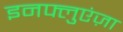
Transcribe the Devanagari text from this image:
इनफ्लुएंज़ा